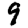
Digit: 9